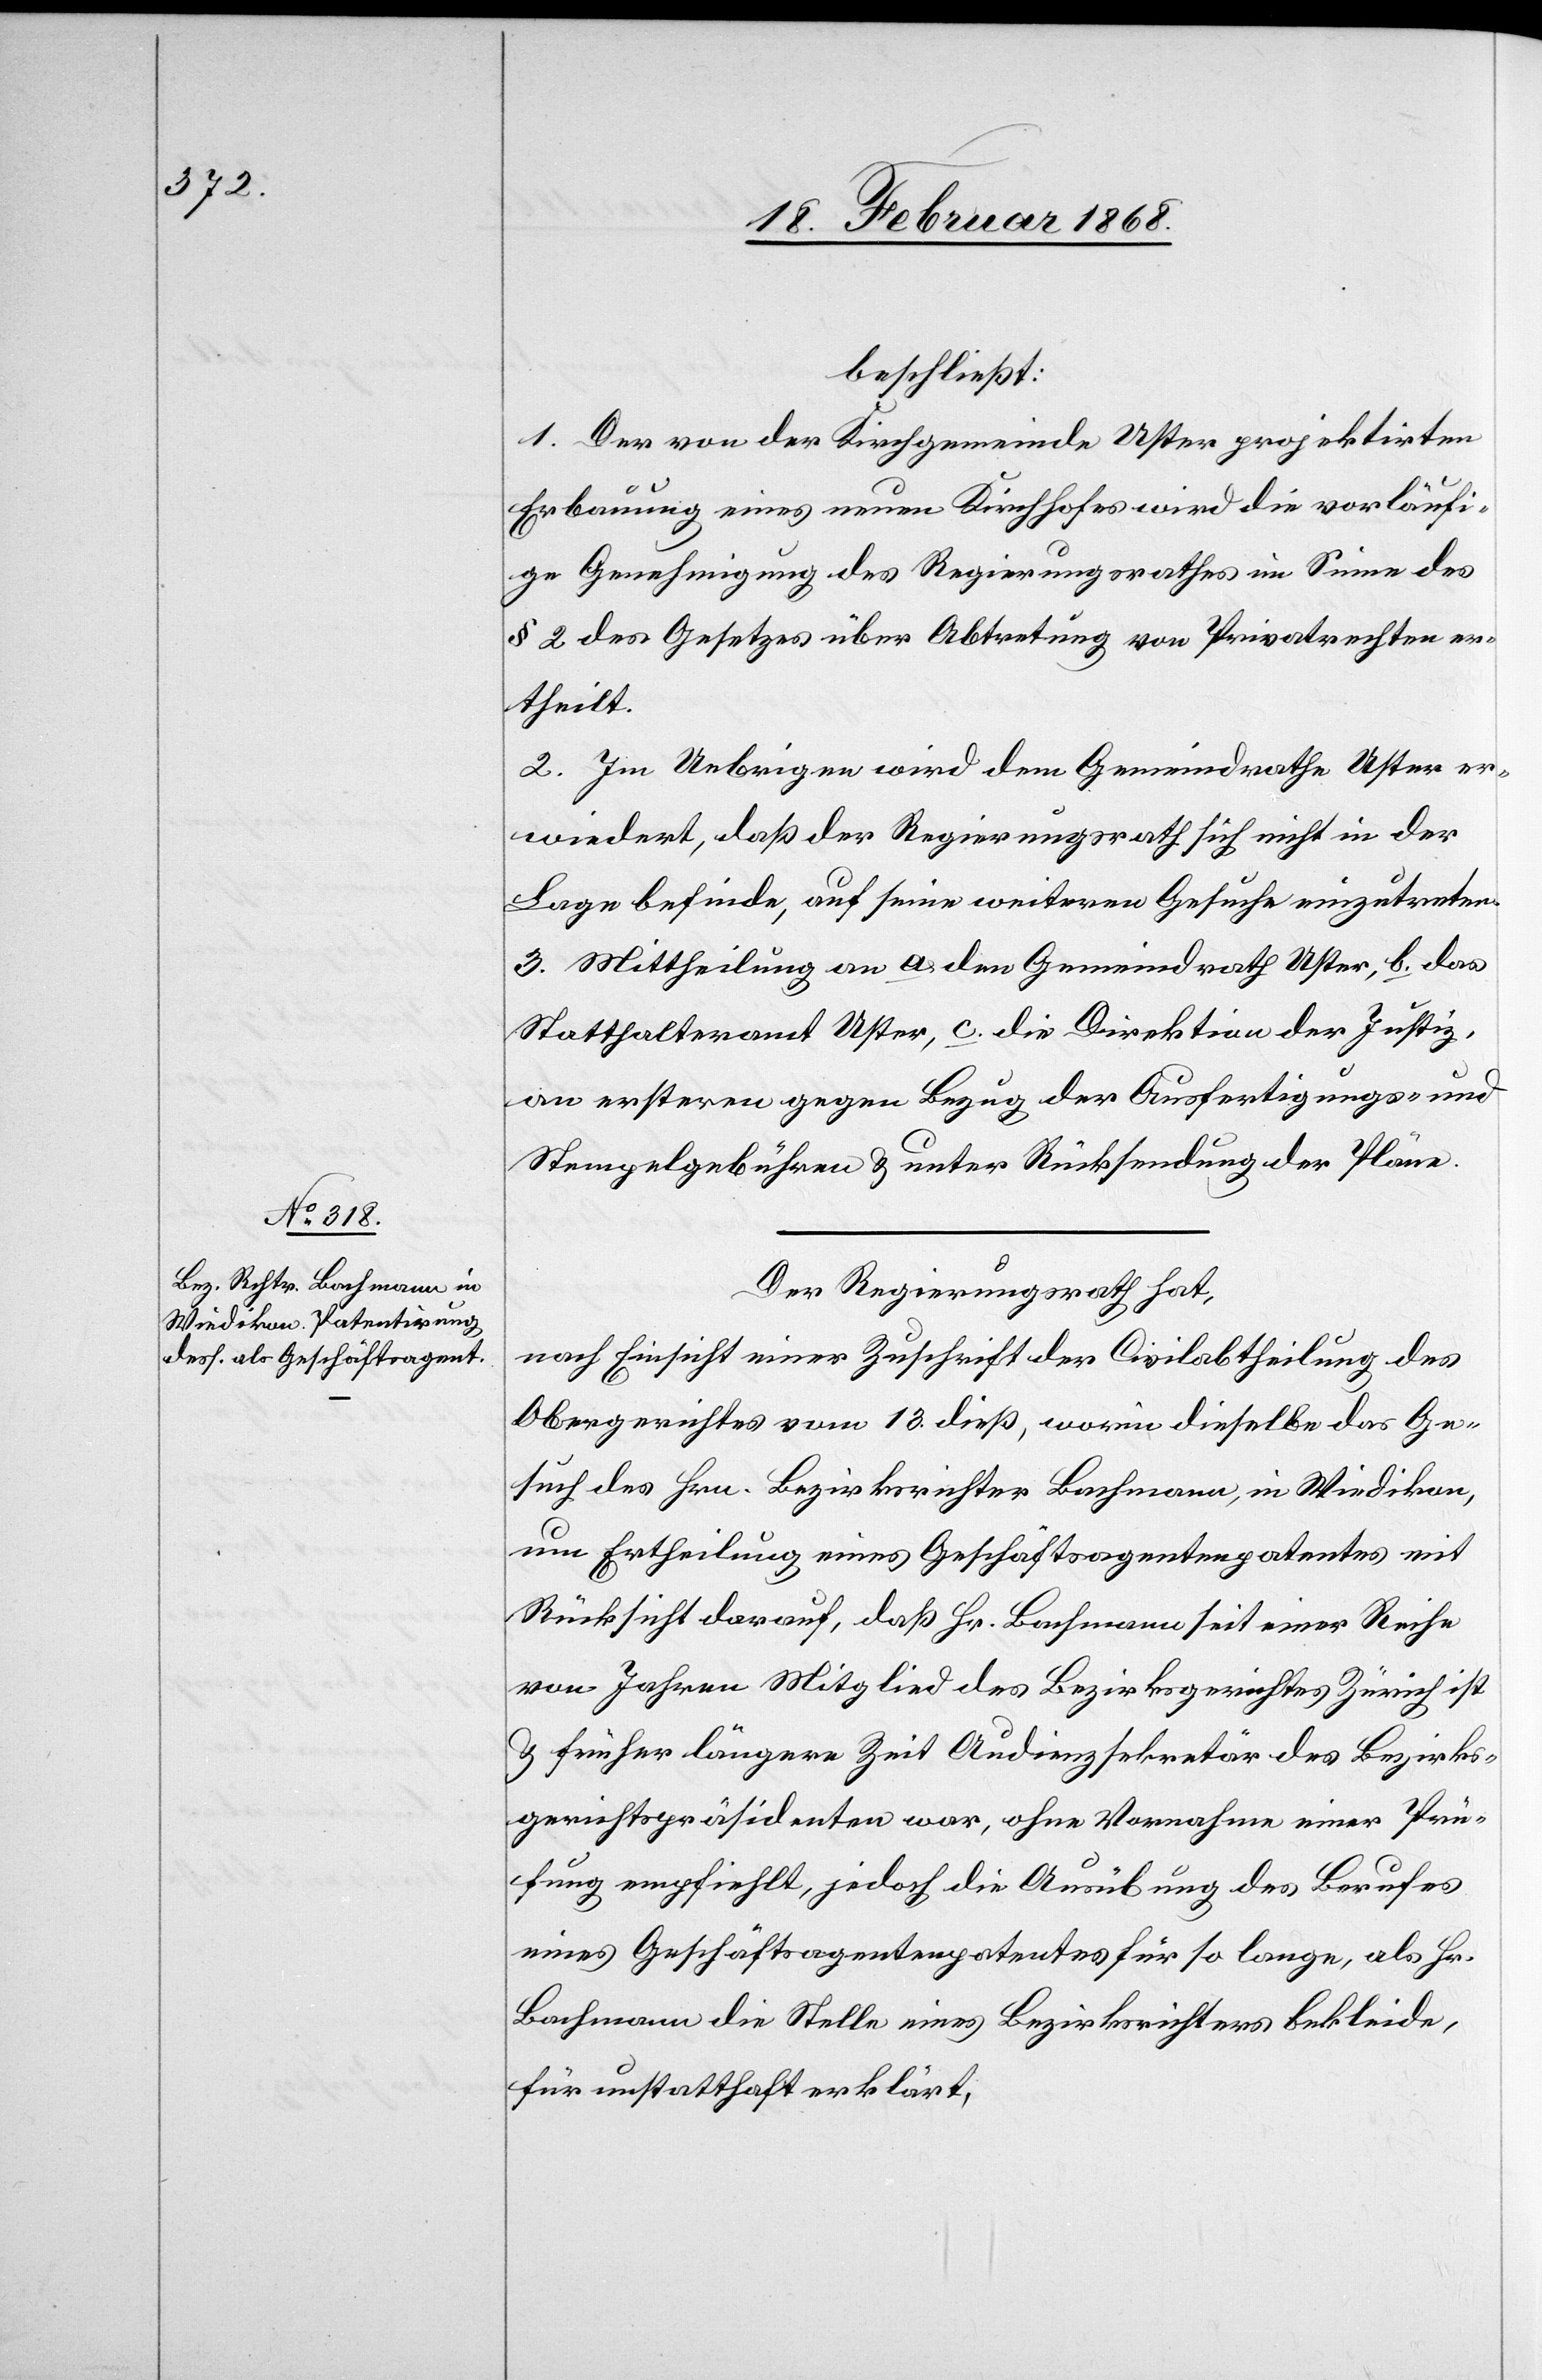
beschließt:
1. Der von der Kirchgemeinde Uster projektirten
Erbauung eines neuen Kirchhofes wird die vorläufi¬
ge Genehmigung des Regierungsrathes im Sinne des
§ 2 des Gesetzes über Abtretung von Privatrechten er¬
theilt.
2. Im Uebrigen wird dem Gemeindrathe Uster er¬
wiedert, daß der Regierungsrath sich nicht in der
Lage befinde, auf seine weiteren Gesuche einzutreten.
3. Mittheilung an a. den Gemeindrath Uster, b. das
Statthalteramt Uster, c. die Direktion der Justiz,
an ersteren gegen Bezug der Ausfertigungs- und
Stempelgebühren & unter Rücksendung der Pläne.
Der Regierungsrath hat,
nach Einsicht einer Zuschrift der Civilabtheilung des
Obergerichtes vom 13. dieß, worin dieselbe das Ge¬
such des Hrn. Bezirksrichter Bachmann, in Wiedikon,
um Ertheilung eines Geschäftsagentenpatentes mit
Rücksicht darauf, daß Hr. Bachmann seit einer Reihe
von Jahren Mitglied des Bezirksgerichtes Zürich ist
& früher längere Zeit Audienzsekretär des Bezirks¬
gerichtspräsidenten war, ohne Vornahme einer Prü¬
fung empfiehlt, jedoch die Ausübung des Berufes
eines Geschäftsagentenpatentes [sic!] für so lange, als Hr.
Bachmann die Stelle eines Bezirksrichters bekleide,
für unstatthaft erklärt,